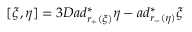
[ \xi , \eta ] = 3 D a d _ { r _ { + } ( \xi ) } ^ { \ast } \eta - a d _ { r _ { - } ( \eta ) } ^ { \ast } \xi